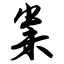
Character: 粜